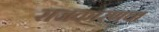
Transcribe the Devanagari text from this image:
राजकारणचा